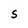
Character: S